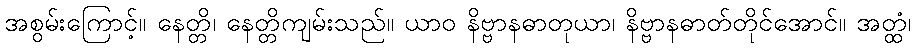
အစွမ်းကြောင့်။ နေတ္တိ၊ နေတ္တိကျမ်းသည်။ ယာဝ နိဗ္ဗာနဓာတုယာ၊ နိဗ္ဗာနဓာတ်တိုင်အောင်။ အတ္ထံ၊